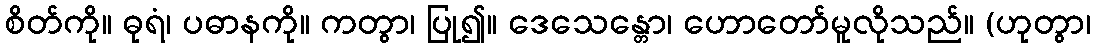
စိတ်ကို။ ဓုရံ၊ ပဓာနကို။ ကတွာ၊ ပြု၍။ ဒေသေန္တော၊ ဟောတော်မူလိုသည်။ (ဟုတွာ၊